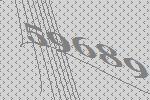
59689